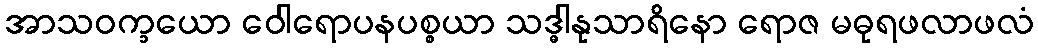
အာသဝက္ခယော ဝေါရောပနပစ္စယာ သဒ္ဓါနုသာရိနော ရောဇ မဓုရဖလာဖလံ